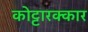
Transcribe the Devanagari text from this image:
कोट्टारक्कार